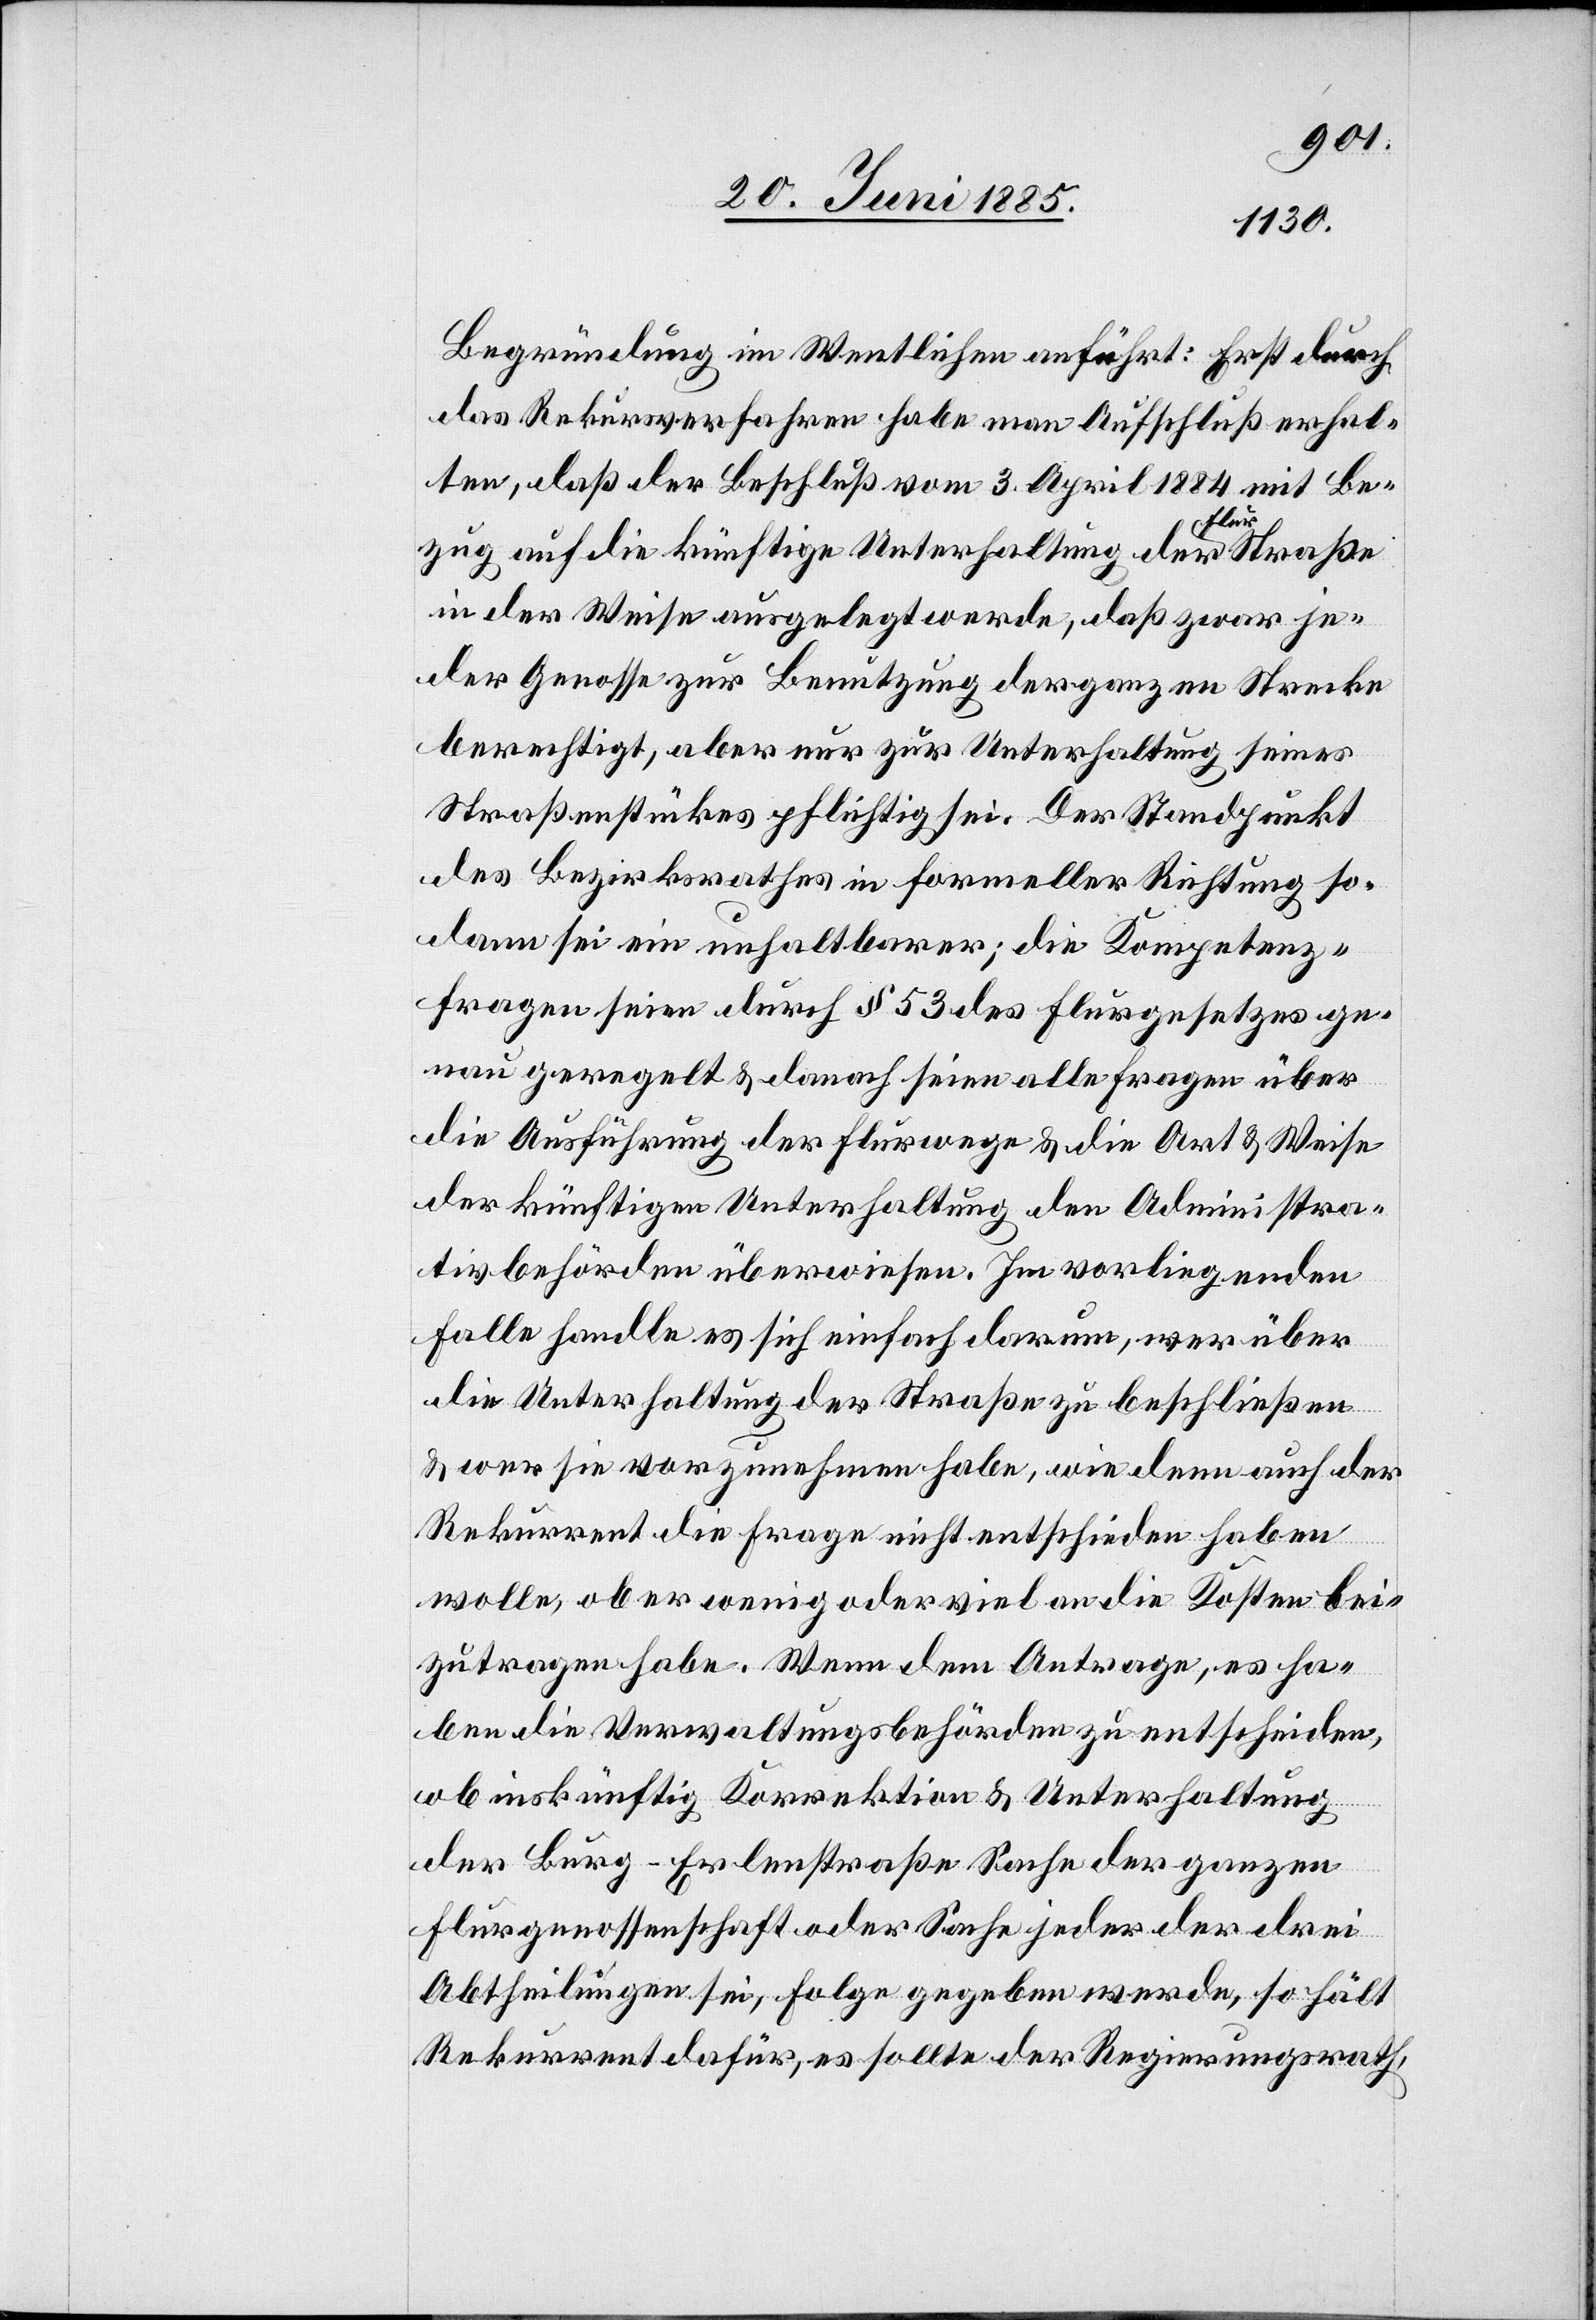
Begründung im Wesentlichen anführt: Erst durch
das Rekursverfahren habe man Aufschluß erhal¬
ten, daß der Beschluß vom 3. April 1884 mit Be¬
zug auf die künftige Unterhaltung der Flurstraße
in der Weise ausgelegt werde, daß zwar je¬
der Genosse zur Benutzung der ganzen Strecke
berechtigt, aber nur zur Unterhaltung seines
Straßenstückes pflichtig sei. Der Standpunkt
des Bezirksrathes in formeller Richtung so¬
dann sei ein unhaltbarer; die Kompetenz¬
fragen seien durch § 53 des Flurgesetzes ge¬
nau geregelt & danach seien alle Fragen über
die Ausführung der Flurwege & die Art & Weise
der künftigen Unterhaltung den Administra¬
tivbehörden überwiesen. Im vorliegenden
Falle handle es sich einfach darum, wer über
die Unterhaltung der Straße zu beschließen
& wer sie vorzunehmen habe, wie denn auch der
Rekurrent die Frage nicht entschieden haben
wolle, ob er wenig oder viel an die Kosten bei¬
zutragen habe. Wenn dem Antrage, es ha¬
ben die Verwaltungsbehörden zu entscheiden,
ob inskünftig Korrektion & Unterhaltung
der Burg–Erlenstraße Sache der ganzen
Flurgenossenschaft oder Sache jeder der drei
Abtheilungen sei, Folge gegeben werde, so hält
Rekurrent dafür, es sollte der Regierungsrath,